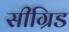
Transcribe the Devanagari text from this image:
सीग्रिड